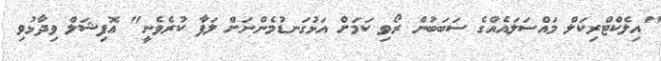
"އިލެކްޓްރިކަލް މައްސަލައެއްގެ ސަބަބުން ރޯވި ކަމަށް އަޅުގަނޑުމެންނަށް ލަފާ ކުރެވެނީ" އޮފިޝަލް ވިދާޅުވި